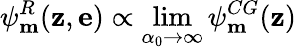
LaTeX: \psi_{\mathbf m}^{R}({\mathbf z},{\mathbf e})\propto\operatorname*{lim}_{\alpha_{0}\rightarrow\infty}\psi_{\mathbf m}^{CG}({\mathbf z})